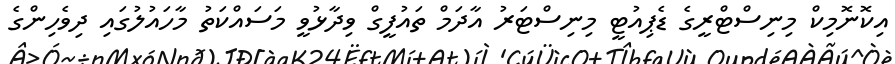
އިކޮނޮމިކް މިނިސްޓްރީގެ ޑެޕިއުޓީ މިނިސްޓަރު އާދަމް ތައުފީގް ވިދާޅުވީ މަސައްކަތު މާހައުލުގައި ދިވެހިންގެ